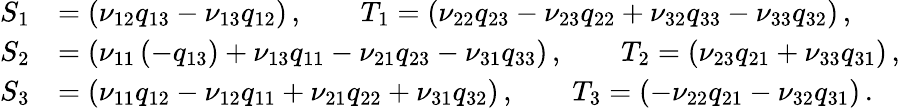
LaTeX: \begin{array}{rl}{S_{1}}&{=(\nu_{12}q_{13}-\nu_{13}q_{12})\, ,\qquad T_{1}=(\nu_{22}q_{23}-\nu_{23}q_{22}+\nu_{32}q_{33}-\nu_{33}q_{32})\, ,}\\ {S_{2}}&{=(\nu_{11}\left(-q_{13}\right)+\nu_{13}q_{11}-\nu_{21}q_{23}-\nu_{31}q_{33})\, ,\qquad T_{2}=(\nu_{23}q_{21}+\nu_{33}q_{31})\, ,}\\ {S_{3}}&{=(\nu_{11}q_{12}-\nu_{12}q_{11}+\nu_{21}q_{22}+\nu_{31}q_{32})\, ,\qquad T_{3}=(-\nu_{22}q_{21}-\nu_{32}q_{31})\, .}\end{array}